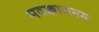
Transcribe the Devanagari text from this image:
मदक्काथनम